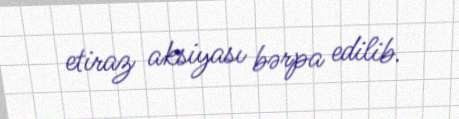
etiraz aksiyası bərpa edilib.